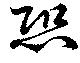
恐